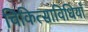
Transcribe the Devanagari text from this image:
चिकित्साविधियाँ